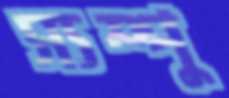
স্যম্পু